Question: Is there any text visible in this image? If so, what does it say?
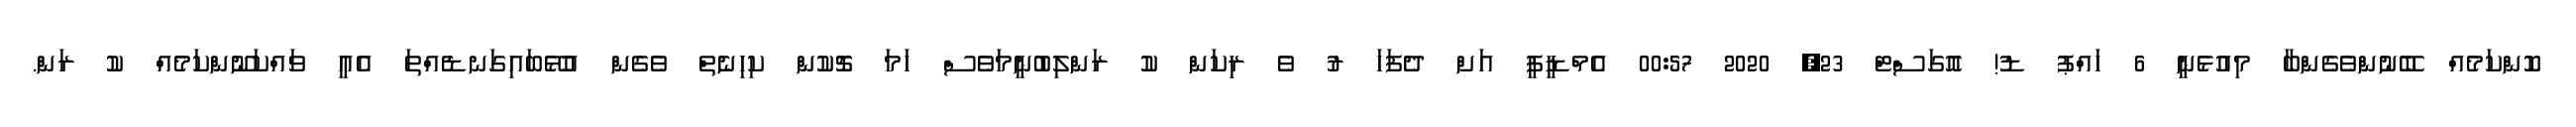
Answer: ކޮންކަމެއް ބޭނުންވެގެންބާ މިއުޅެނީ 6 ހައްޕު ޑު! އޮގަސްޓް 23, 2020 00:57 އެމްޑީޕީ އަށް ދެފަހަ ރު ވެ ރިކަން ކު ރަންލިބުނީމަވެސް ހަމަ ޗޮކުން ކިހިނެތް ވެގެން އުޅޭބައިގަނޑެއްތަ އެއީ ވައްކަނޫންކަމެއް ކު ރަން.